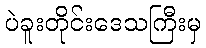
ပဲခူးတိုင်းဒေသကြီးမှ